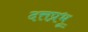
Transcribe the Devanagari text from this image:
दत्तप्रभू